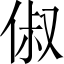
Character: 俶